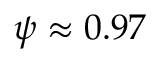
\psi \approx 0 . 9 7